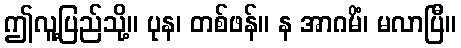
ဤလူ့ပြည်သို့။ ပုန၊ တစ်ဖန်။ န အာဂမိံ၊ မလာပြီ။